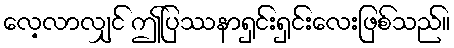
လေ့လာလျှင် ဤပြဿနာရှင်းရှင်းလေးဖြစ်သည်။